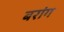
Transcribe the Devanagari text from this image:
बरांग